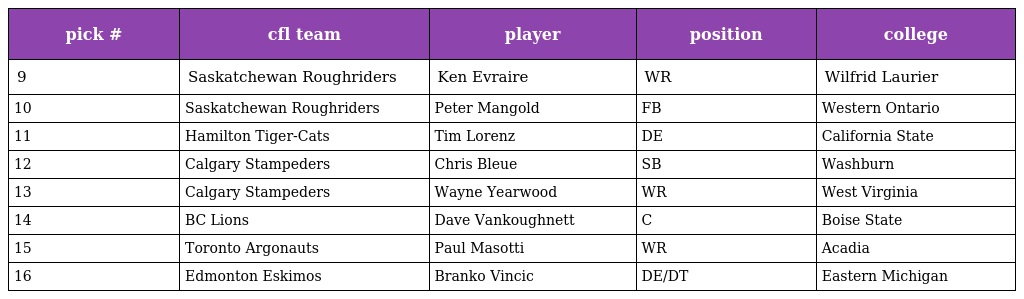
| pick # | cfl team | player | position | college |
 | --- | --- | --- | --- | --- |
 | 9 | Saskatchewan Roughriders | Ken Evraire | WR | Wilfrid Laurier |
 | 10 | Saskatchewan Roughriders | Peter Mangold | FB | Western Ontario |
 | 11 | Hamilton Tiger-Cats | Tim Lorenz | DE | California State |
 | 12 | Calgary Stampeders | Chris Bleue | SB | Washburn |
 | 13 | Calgary Stampeders | Wayne Yearwood | WR | West Virginia |
 | 14 | BC Lions | Dave Vankoughnett | C | Boise State |
 | 15 | Toronto Argonauts | Paul Masotti | WR | Acadia |
 | 16 | Edmonton Eskimos | Branko Vincic | DE/DT | Eastern Michigan |